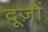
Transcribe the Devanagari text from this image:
दूज़ों